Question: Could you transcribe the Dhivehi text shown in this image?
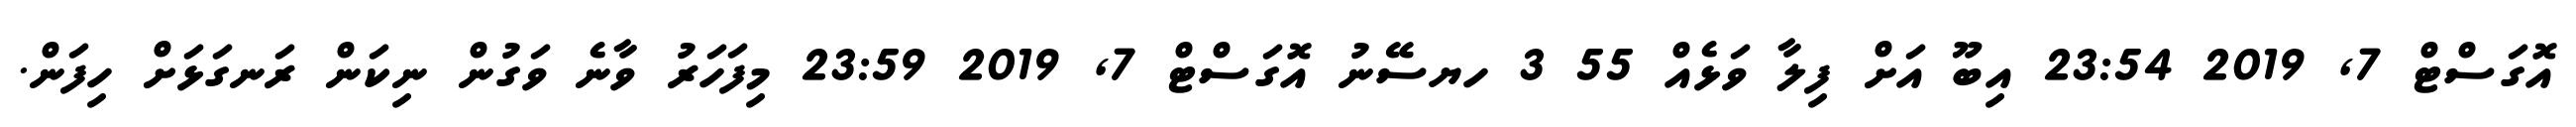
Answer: އޮގަސްޓް 7, 2019 23:54 އިބޫ އަށް ފިލާ ވަޅެއް 55 3 ހޔސޭނު އޮގަސްޓް 7, 2019 23:59 މިފަހަރު ވާނެ ވަގުން ނިކަން ރަނގަޅަށް ހިފަން.